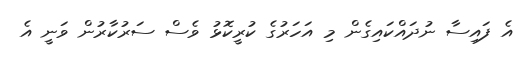
އެ ފައިސާ ނުދައްކައިގެން މި އަހަރުގެ ކުރީކޮޅު ވެސް ސަރުކާރުން ވަނީ އެ